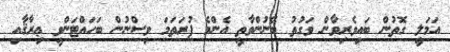
އަމަލީ ގޮތުން ބައިވެރިވާން ވަގުތު ބޭނުންވާތީ އެންމެ ފުރަތަމަ ވިސްނުން ބަހައްޓަންވީ ޢިރާޤާއި